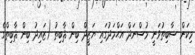
މިކަން ސާބިތުވަނީ މުސްނަދް އަޙްމަދުގައި ޔަޒީދް ބިން ޘާބިތު (ޒައިދު ބިން ޘާބިތްގެ